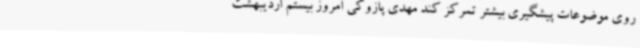
روی موضوعات پیشگیری بیشتر تمرکز کند مهدی پازوکی امروز بیستم اردیبهشت